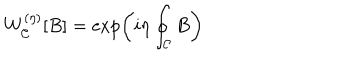
W _ { \cal C } ^ { ( \eta ) } [ B ] = \exp \left( i \eta \oint _ { \cal C } B \right)